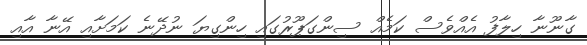
ގާނޫނާ ހިލާފު އެއްވެސް ކަމެއް ސިންގަޕޫރުގައި ހިންގިޔަ ނުދޭނެ ކަމަށާއި އޭނާ އާއި